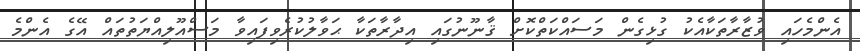
އެންމެހައި ވުޒާރާތަކާއެކު ގުޅިގެން މަސައްކަތްކޮށް ޤާނޫނުގައި އިދާރާތަކާ ޙަވާލުކުރެވިފައިވާ މަސްއޫލިއްޔަތުތައް އޭގެ އެންމެ